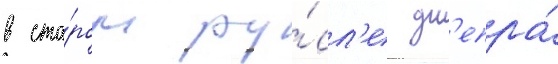
в ста́ром ру́сл'е дн'епра́